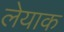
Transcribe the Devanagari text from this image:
लेयाक